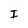
Character: I